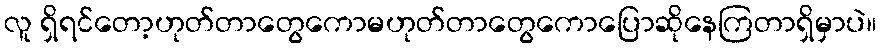
လူ ရှိရင်တော့ဟုတ်တာတွေကောမဟုတ်တာတွေကောပြောဆိုနေကြတာရှိမှာပဲ။